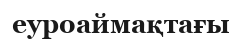
еуроаймақтағы